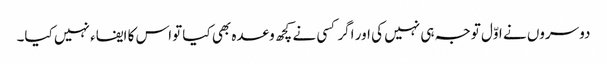
دوسروں نے اوّل توجہ ہی نہیں کی اور اگر کسی نے کچھ وعدہ بھی کیا تواس کا ایفاء نہیں کیا۔